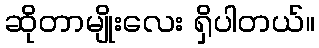
ဆိုတာမျိုးလေး ရှိပါတယ်။